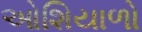
ઓશિયાળો